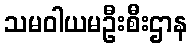
သမဝါယမဦးစီးဌာန